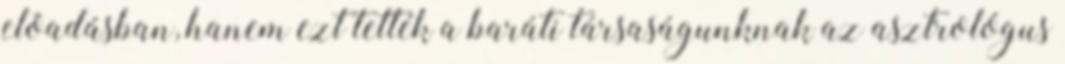
elõadásban, hanem ezt tették a baráti társaságunknak az asztrológus